Civil Veterinary Department Bengal reports 1933-51 - 1933-1951
Year: 1933
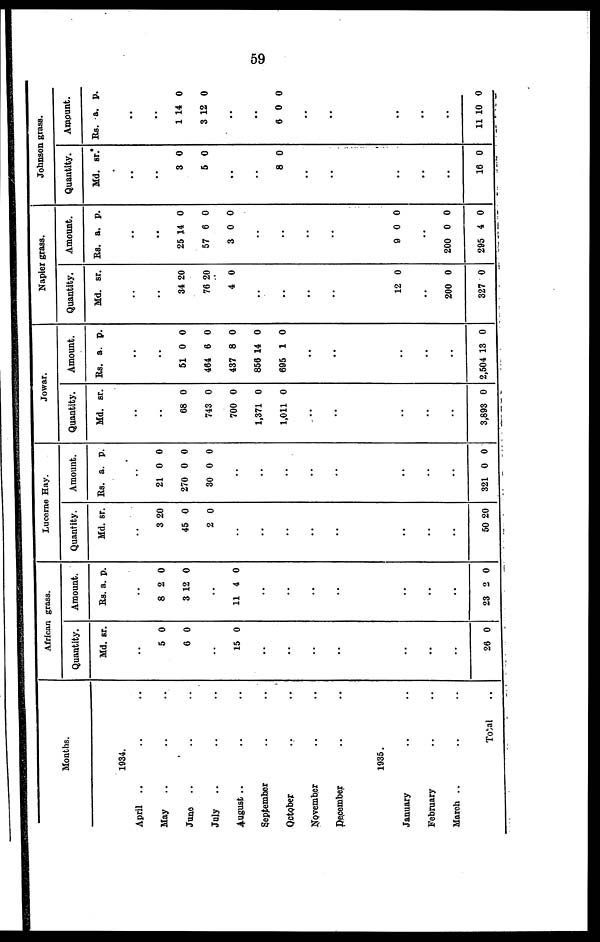
59
Months.
1934.
April .. .. ..
May .. .. ..
June.. .. ..
July .. .. ..
August .. .. ..
September .. ..
October.. ..
November .. ..
December .. ..
1935.
January .. ..
February .. ..
March .. ..
Total..
African grass.
Quantity.
Md. sr.
..
5 0
0 0
..
15 0
..
..
..
..
..
..
..
26 0
Amount.
Rs. a. p.
..
8 2 0
3 12 0
..
11 4 0
..
..
..
..
..
..
..
23 2 0
Lucerne Hay.
Quantity.
Md. sr.
..
3 20
45 0
2 0
..
..
..
..
..
..
..
..
50 20
Amount.
Rs. a. p.
..
21 0 0
270 0 0
30 0 0
..
..
..
..
..
..
..
..
321 0 0
Jowar.
Quantity.
Md. sr.
..
..
68 0
743 0
700 0
1,371 0
1,011 0
..
..
..
..
..
3,893 0
Amount.
Rs. a. p.
..
..
51 0 0
464 6 0
437 8 0
856 14 0
695 1 0
..
..
..
..
..
2,504 13 0
Napier grass.
Quantity.
Md. sr.
..
..
34 20
76 20
4 0
..
..
..
..
12 0
..
200 0
327 0
Amount.
Rs. a. p.
..
..
25 14 0
57 6 0
3 0 0
..
..
..
..
9 0 0
..
200 0 0
295 4 0
Johnson grass.
Quantity.
Md. sr.
..
..
3 0
5 0
..
..
8 0
..
..
..
..
..
16 0
Amount.
Rs. a. p.
..
..
1 14 0
3 12 0
..
..
6 0 0
..
..
..
..
..
11 10 0